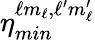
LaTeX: \eta_{min}^{\ell m_{\ell},\ell^{\prime}m_{\ell}^{\prime}}